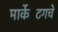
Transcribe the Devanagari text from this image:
मार्केटिंगचे